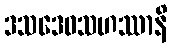
ဒသဒေဝသဟဿာနိ